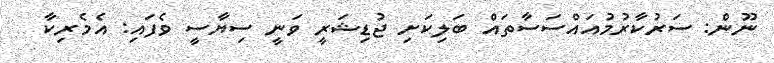
ނޫން: ސަރުކާރުމުއައްސަސާތައް ބަލިކަށި ޖުޑިޝަރީ ވަނީ ސިޔާސީ ވެފައި: އެމެރިކާ